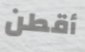
أقطن